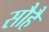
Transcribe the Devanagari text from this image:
सौहै